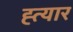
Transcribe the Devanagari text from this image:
ह्त्यार